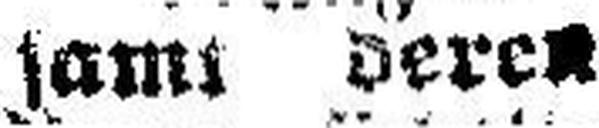
samt Deren